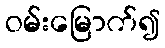
ဝမ်းမြောက်၍